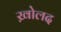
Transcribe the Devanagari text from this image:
ख़ोलद